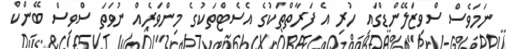
ނަމަވެސް ސްވިޒަލޭންޑްގައި ހުރި އެ ފަރާތްތަކުގެ އެސެޓްތަކުގެ މިންވަރެއް ނުވަތަ ސްވިސް ބޭންކް